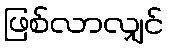
ဖြစ်လာလျှင်